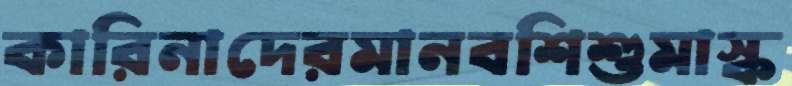
কারিনাদেরমানবশিশুমাস্ক